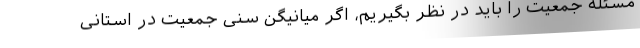
مسئله جمعیت را باید در نظر بگیریم، اگر میانیگن سنی جمعیت در استانی